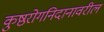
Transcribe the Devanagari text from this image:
कुष्ठरोगनिदानावरील